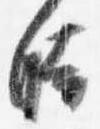
時